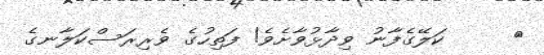
١     ކަލޭގެފާނު ވިދާޅުވާށެވެ! ފަތިހުގެ ވެރިރަސްކަލާނގެ